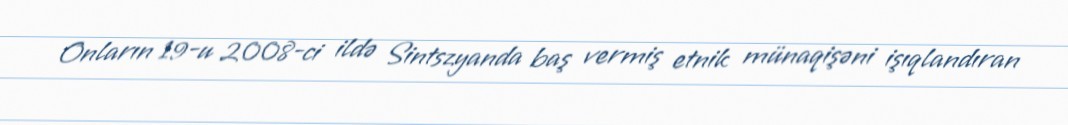
Onların 19-u 2008-ci ildə Sintszyanda baş vermiş etnik münaqişəni işıqlandıran